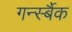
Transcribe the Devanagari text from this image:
गर्न्स्बैक